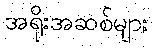
အရိုးအဆစ်များ